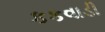
કકવાડી